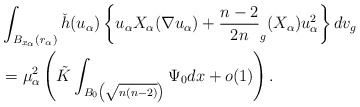
\begin{align*} &\int_{B_{x_\alpha}(r_\alpha)} \check{h}(u_\alpha)\left\{u_\alpha X_\alpha(\nabla u_\alpha)+\frac{n-2}{2n} _g(X_\alpha) u_\alpha^2\right\} dv_g\\ &= \mu_\alpha^{2}\left( \tilde{K} \int_{B_0\left(\sqrt{n(n-2)}\right)} \Psi_0 dx+o(1)\right). \end{align*}